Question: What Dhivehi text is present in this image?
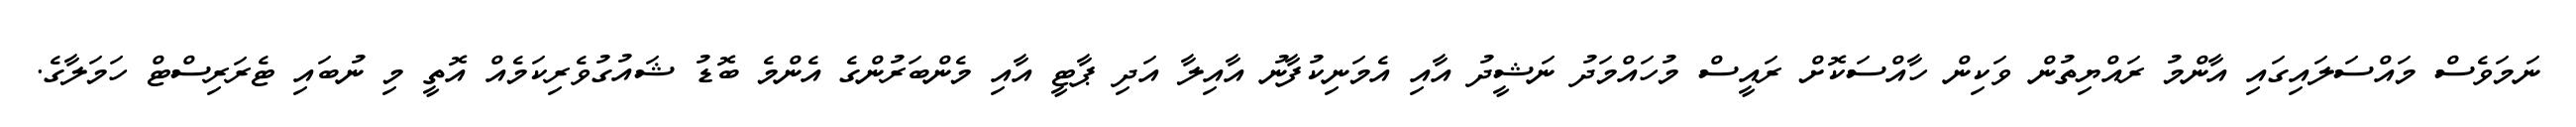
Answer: ނަމަވެސް މައްސަލައިގައި އާންމު ރައްޔިތުން ވަކިން ހާއްސަކޮށް ރައީސް މުހައްމަދު ނަޝީދު އާއި އެމަނިކުފާނު އާއިލާ އަދި ޕާޓީ އާއި މެންބަރުންގެ އެންމެ ބޮޑު ޝައުގުވެރިކަމެއް އޮތީ މި ނުބައި ޓެރަރިސްޓް ހަމަލާގެ.